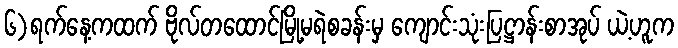
၆)ရက်နေ့ကထက် ဗိုလ်တထောင်မြို့မရဲစခန်းမှ ကျောင်းသုံးပြဋ္ဌာန်းစာအုပ် ယဲ့ဟူက